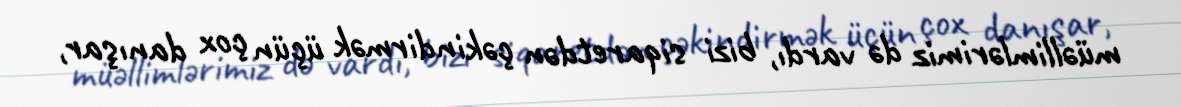
müəllimlərimiz də vardı, bizi siqaretdən çəkindirmək üçün çox danışar,